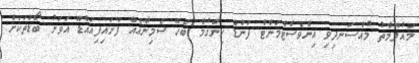
މައުލޫމާތު މުއްސަނދިވި އިންވެސްޓްމަންޓް ފަންޑް ހިންގުމާ ބެހޭ ސެމިނާއެއް ފަށައިފިއައްޑޫ އަވަށު ބޯޑުތަކަށް